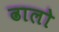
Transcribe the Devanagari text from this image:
ढालो